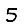
Digit: 5